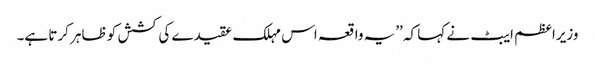
وزیراعظم ایبٹ نے کہا کہ ’’یہ واقعہ اس مہلک عقیدے کی کشش کو ظاہر کرتا ہے۔